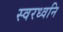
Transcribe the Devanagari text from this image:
स्वरध्वनि